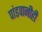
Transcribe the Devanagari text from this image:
पांडवानीही